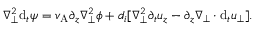
\nabla _ { \perp } ^ { 2 } \mathrm { d } _ { t } \psi = v _ { \mathrm { A } } \partial _ { z } \nabla _ { \perp } ^ { 2 } \phi + d _ { i } [ \nabla _ { \perp } ^ { 2 } \partial _ { t } u _ { z } - \partial _ { z } \nabla _ { \perp } \cdot \mathrm { d } _ { t } \boldsymbol { u } _ { \perp } ] .